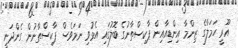
އޫރީ ހަމަލާގެ ޒިންމާ އިންޑިއާއިން ޕާކިސްތާނުގެ ބޮލުގައި އެޅުވި ނަމަވެސް ޕާކިސްތާނުން ގެންދަނީ